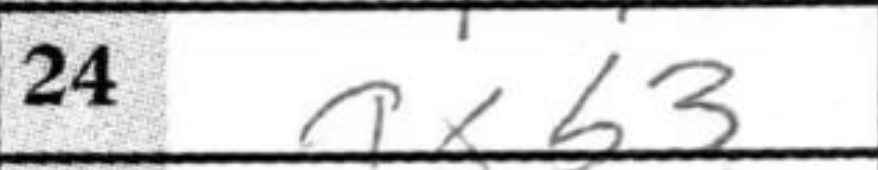
Transcription: axb3